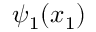
\psi _ { 1 } ( x _ { 1 } )